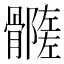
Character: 𩪦